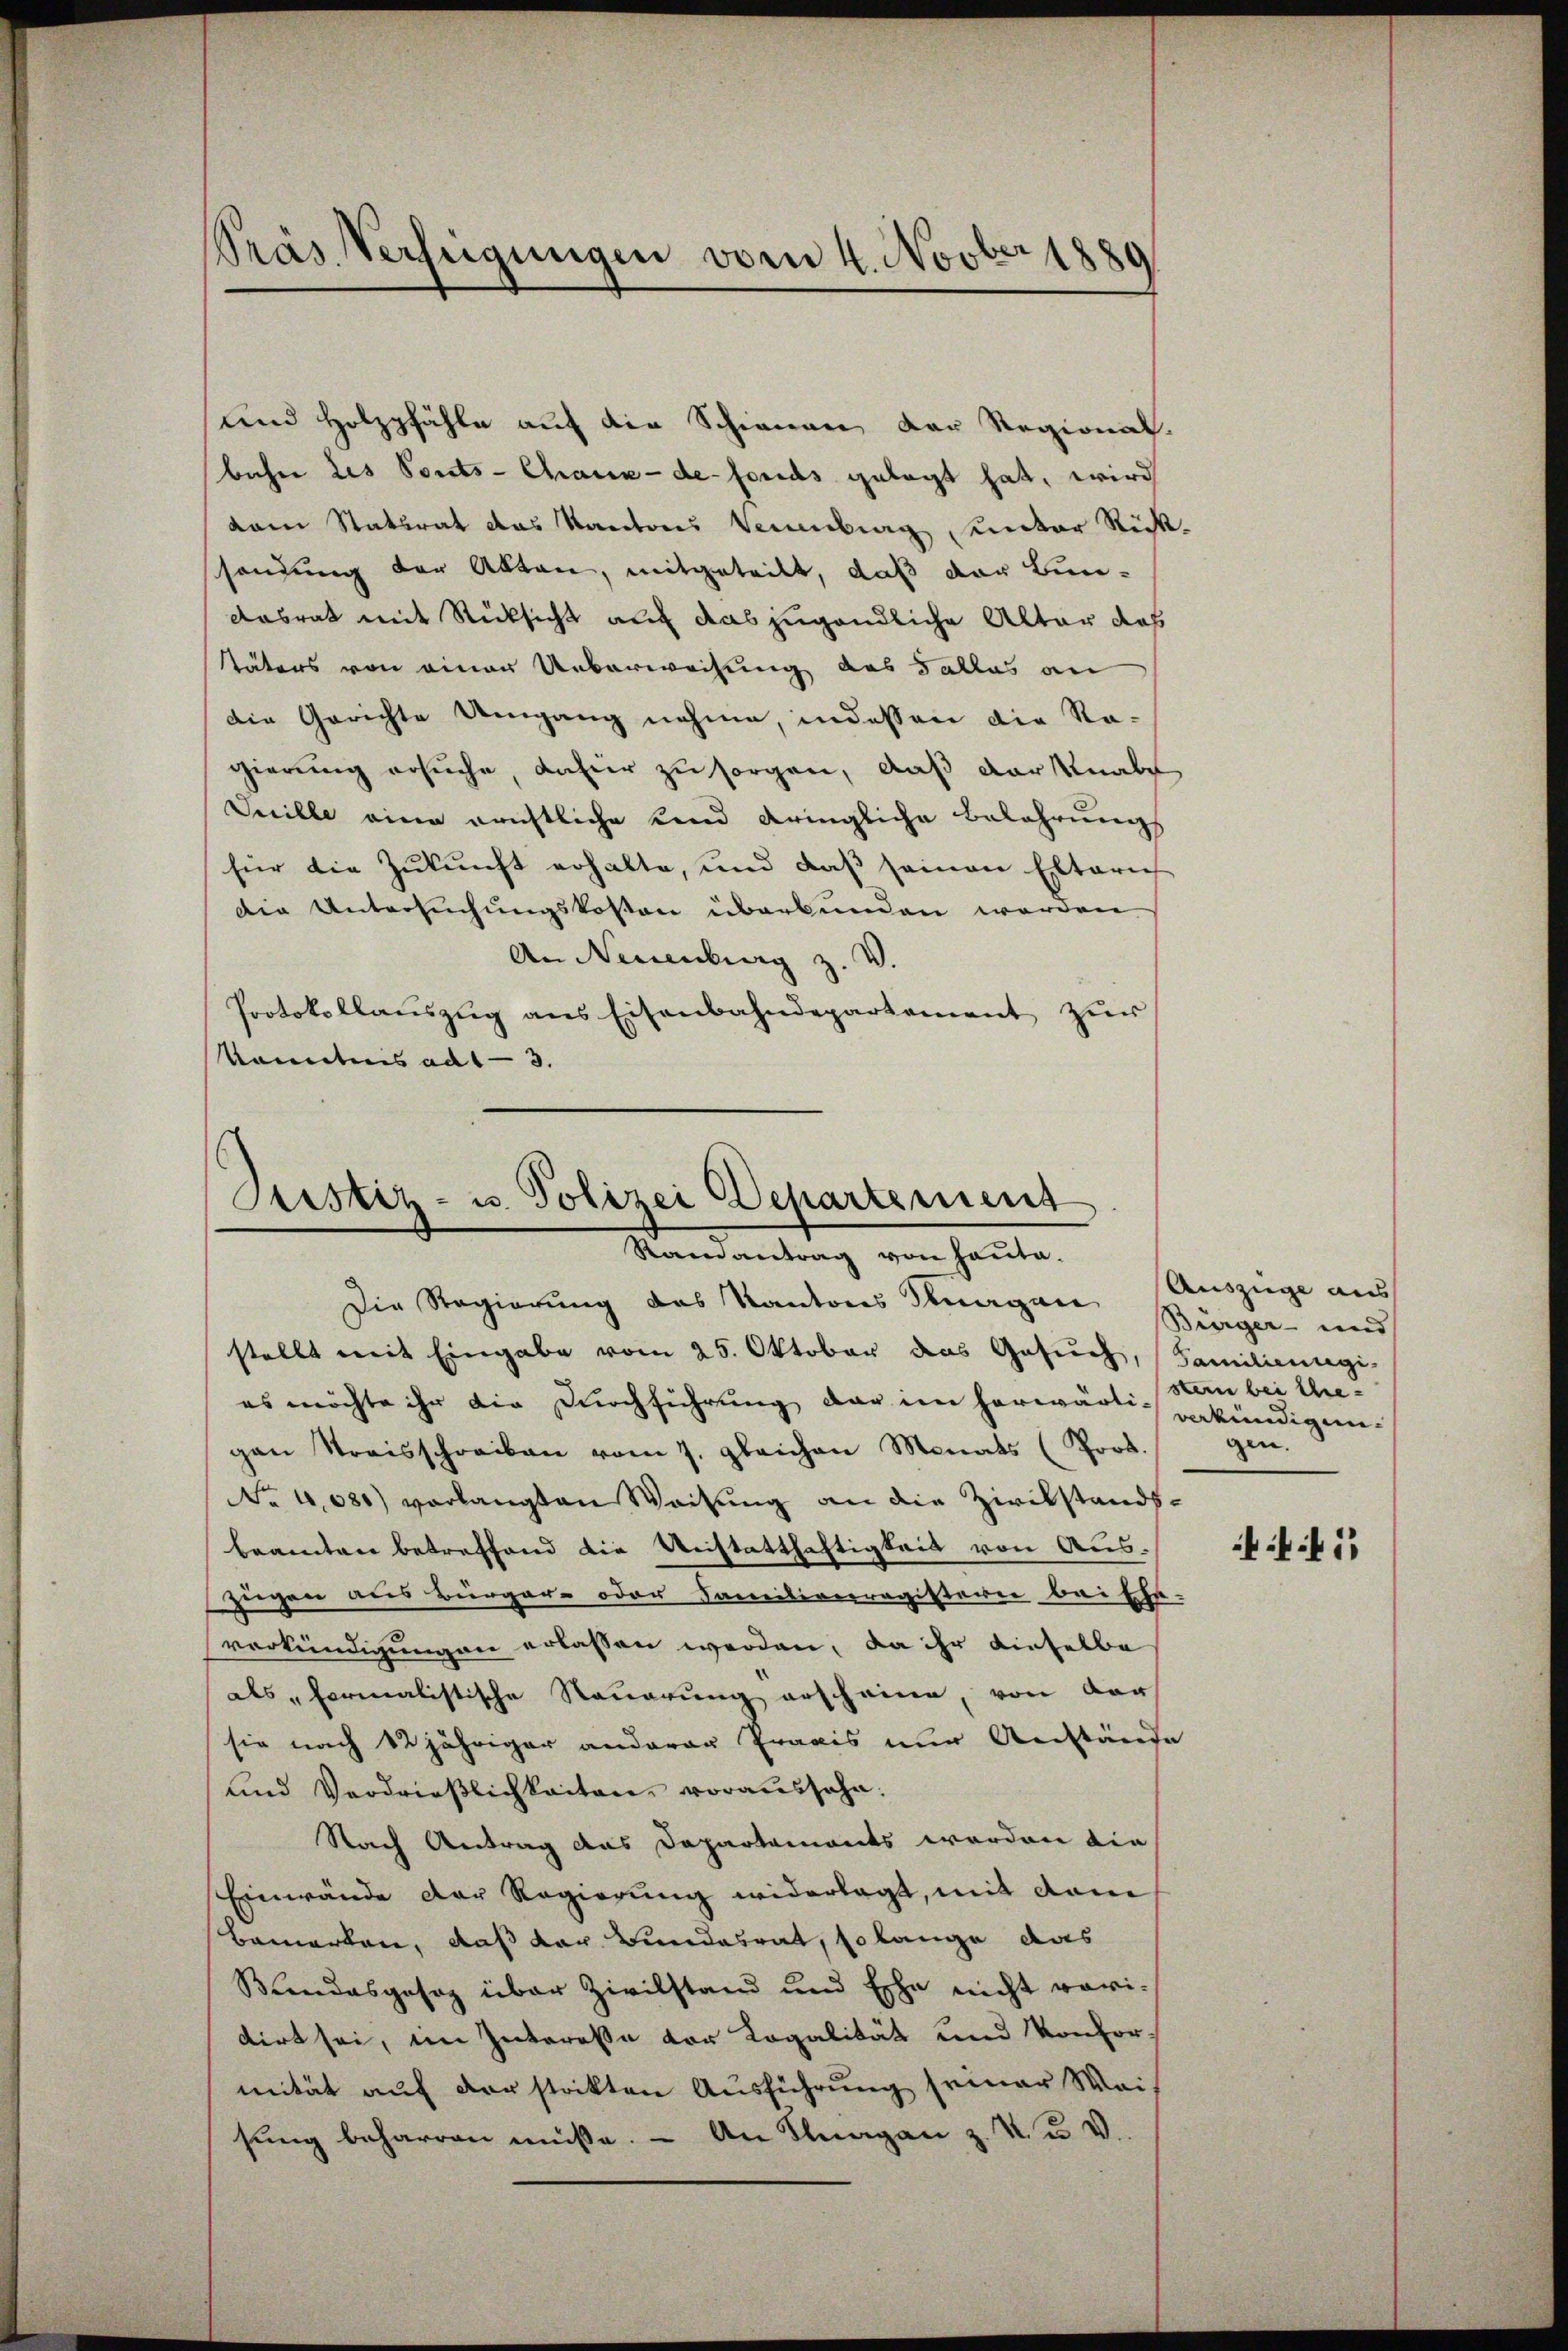
Präs. Verfügungen vom 4. Novber 1889

bahn des Ponts-Chaux-de-Fonds gelegt hat, wird
dam Statirat das Kantons Neuenburg sunter Rücksandung der Akten, mitgeteilt, daß der Bun¬
Aabrat mit Rücksicht auf das jugendliche Altar das
Väters von einer Ueberweisung des Falles an
die Gerichte Umgang nahme, indessen die Ragierung ersuche, dafür zu sorgen, daß der Knabe
Secille eine erichtliche Kind dringliche Belehrungs
für die Zŭkŭnft erhalte, und daβ seinen Elterief
die Untersuchungskosten überbunden werden
An Neuenburg z. V.
Protokollaŭszŭg ans Eisenbahndepartement zur
kanntnis ad 13.

und Holzpfähle auf die Schienen der Regional.

Justiz- u. Polizei Departement
Ramantrag von Hauta.
Die Regierung des Kantons Klagen, (Auszüge aus

stellt mit Eingabe vom 25. Oktober das Gesuch, Familienregi
es möchte ihr die Durchführung der im herwärtig verkündigengen Streisschreiben vom 7. gleichen Monats (Poot.
No 4,080) vorlangten Weisung an die Zivilstands-
beamten betreffend die Anstatthaftigkeit von Auszügen aus Bürger- oder Familienregisterie bei Ehe.
verkündigungen erlassen werden, da ihr dieselbe
als formalistische Steuerung erscheine, von der
sie nach 12 jähriger anderen Praxis nur Anstände
und Verdrieβlichkeiten, voraussehn.
Nach Antrag das Dapartements worden die
Einwände der Regierung widerlagt, mit dem
Bemerken, daß der Bundesrat, so lange das
Bundesgesag über Zivilstand und Esche nicht voridirt sei, im Interesse der Kopalität und Konformität auf der stockten Ausführung seiner Weis
sung beharren müsse. - An Klagan z. K. u. V.

Bürger- und
stern bei thie-
gen.

1